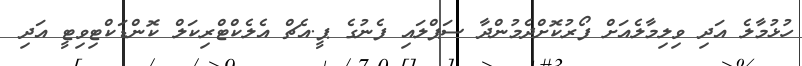
ހުޅުމާލެ އަދި ވިލިމާލެއަށް ފޯރުކޮށްދެމުންދާ ސަޕްލައި ފެނުގެ ޕީ.އެޗް އެލެކްޓްރިކަލް ކޮންޑަކްޓިވިޓީ އަދި